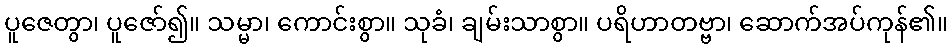
ပူဇေတွာ၊ ပူဇော်၍။ သမ္မာ၊ ကောင်းစွာ။ သုခံ၊ ချမ်းသာစွာ။ ပရိဟာတဗ္ဗာ၊ ဆောက်အပ်ကုန်၏။